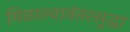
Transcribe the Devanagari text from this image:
मिळाल्यानंतरसुद्धा